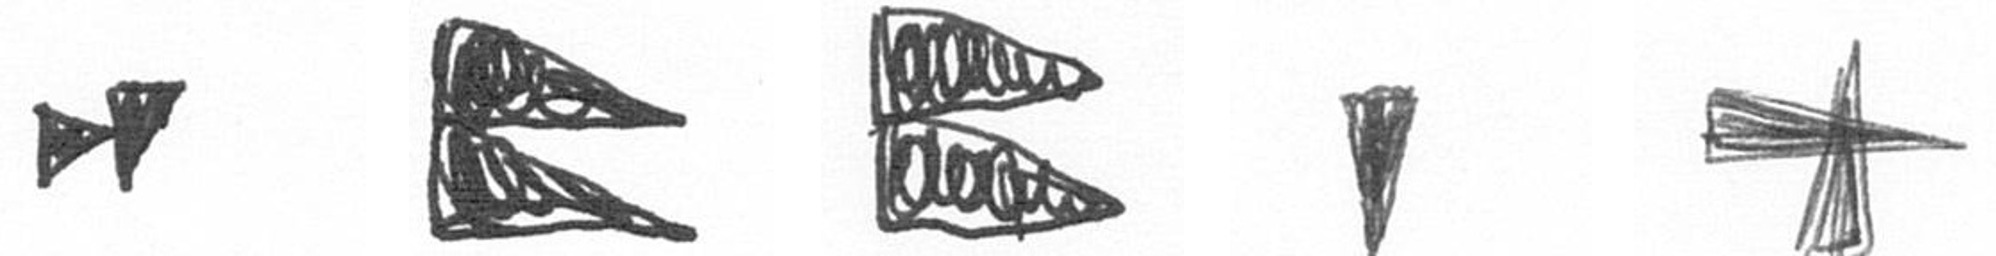
M P P J G